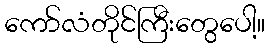
ကော်လံတိုင်ကြီးတွေပေါ့။